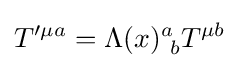
T'^{\mu a}=\Lambda (x)_{\ b}^{a}T^{\mu b}